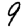
Digit: 9